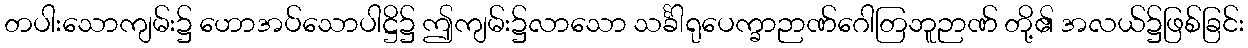
တပါးသောကျမ်း၌ ဟောအပ်သောပါဋ္ဌိ၌ ဤကျမ်း၌လာသော သင်္ခါရုပေက္ခာဉာဏ်ဂေါတြဘူဉာဏ် တို့၏ အလယ်၌ဖြစ်ခြင်း